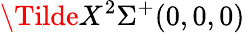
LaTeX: \Tilde{X}^{2}\Sigma^{+}(0,0,0)